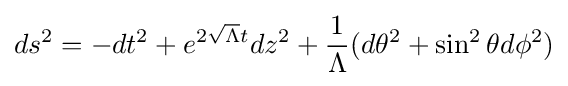
ds^{2}=-dt^{2}+e^{2{\sqrt {\Lambda }}t}dz^{2}+{\frac {1}{\Lambda }}(d\theta ^{2}+\sin ^{2}\theta d\phi ^{2})